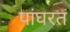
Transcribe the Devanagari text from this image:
पांघरत